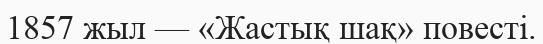
1857 жыл — «Жастық шақ» повесті.